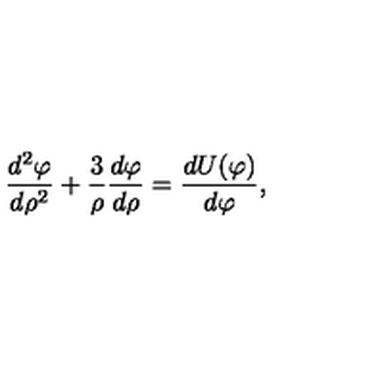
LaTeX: { \frac { d ^ { 2 } \varphi } { d \rho ^ { 2 } } } + { \frac { 3 } { \rho } } { \frac { d \varphi } { d \rho } } = { \frac { d U ( \varphi ) } { d \varphi } } ,